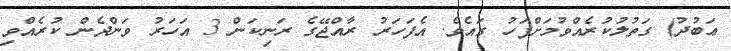
ޢަބުދު) ގަތުލުކުރެއްވުމަށްފަހު ގައެވެ. އެފަހަރު ރާއްޖޭގެ ރަނިކަން 3 އަހަރު ވަންދެން ކުރެއްވި